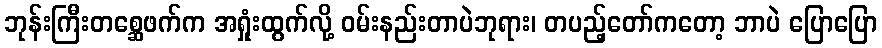
ဘုန်းကြီးတစ္ဆေဖက်က အရှုံးထွက်လို့ ဝမ်းနည်းတာပဲဘုရား၊ တပည့်တော်ကတော့ ဘာပဲ ပြောပြော